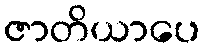
ဇာတိယာပေ